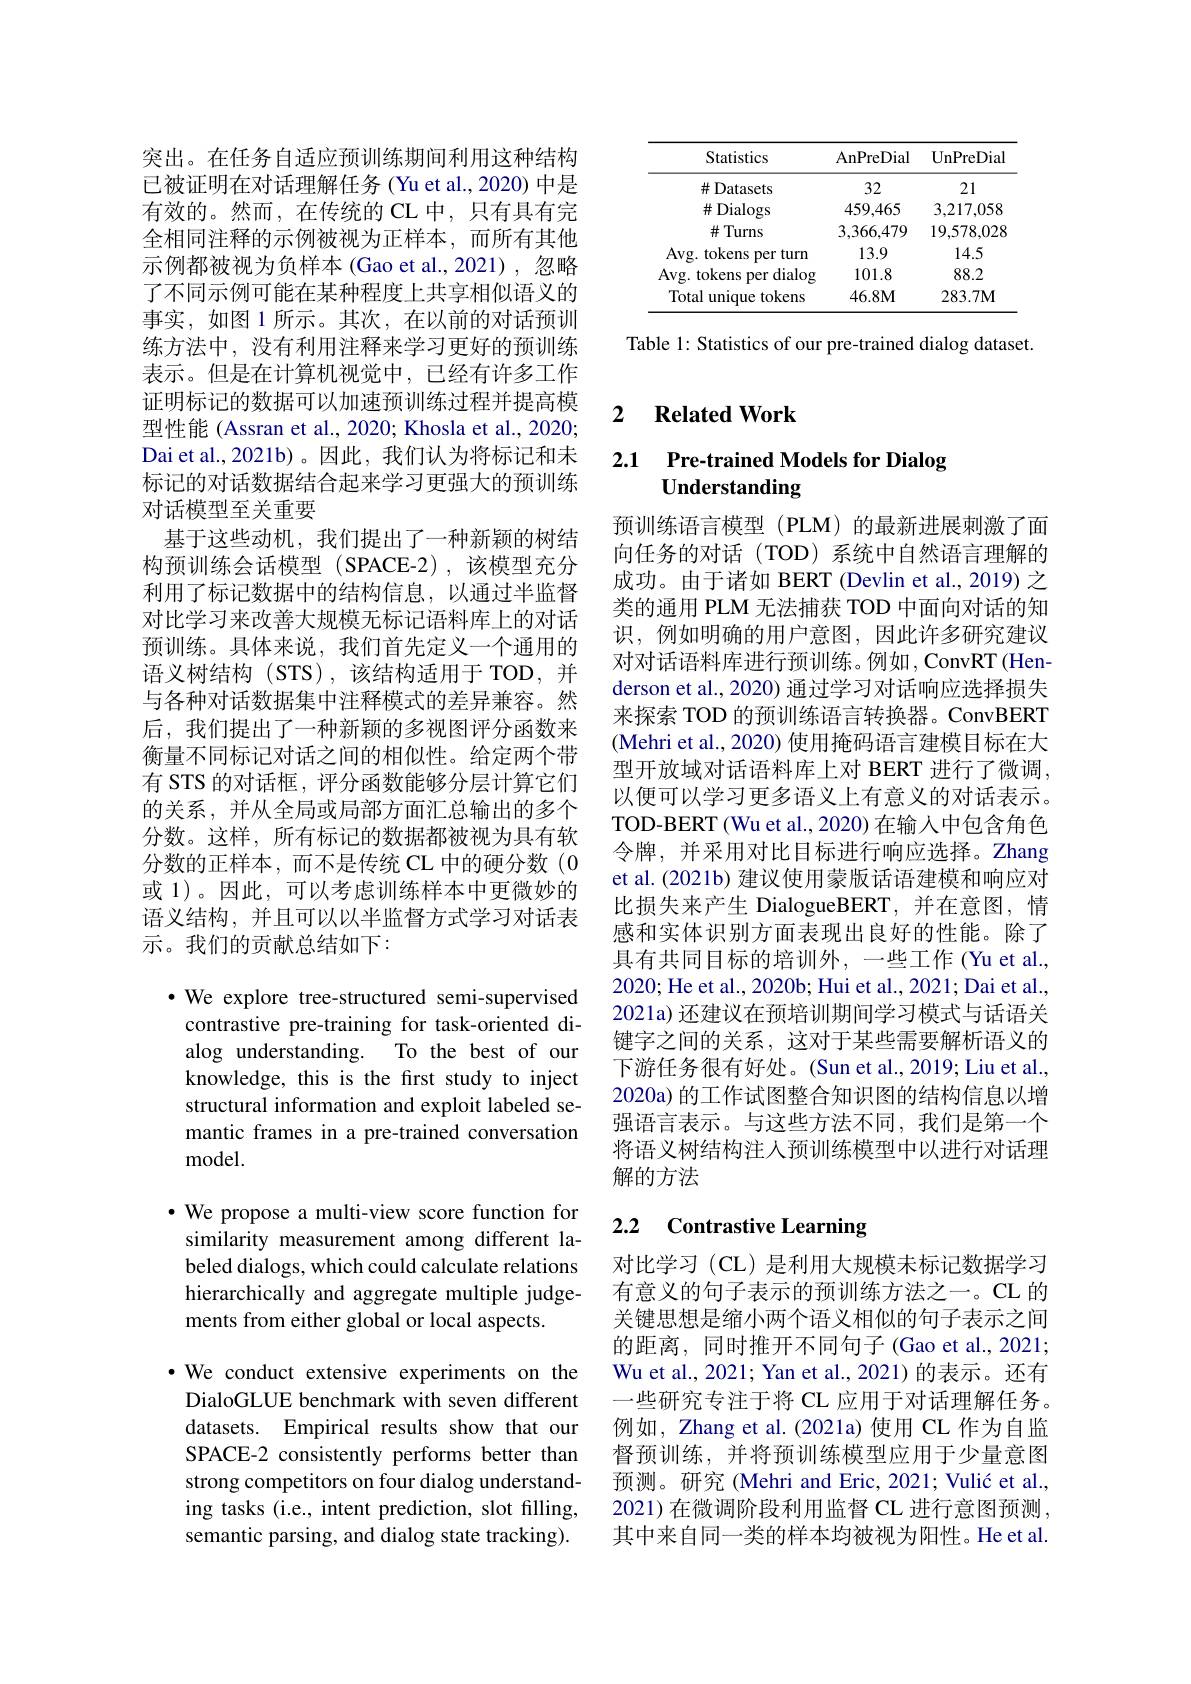
<table>
	<tbody>
		<tr>
			<th>Statistics</th>
			<th>AnPreDial</th>
			<th>UnPreDia</th>
		</tr>
		<tr>
			<td>$\#Datasets$</td>
			<td>32</td>
			<td>21</td>
		</tr>
		<tr>
			<td>$\#$Dialogs</td>
			<td>459,465</td>
			<td>3,217,058</td>
		</tr>
		<tr>
			<td>$\#$Turns</td>
			<td>3,366,479</td>
			<td>19,578,028</td>
		</tr>
		<tr>
			<td>Avg. tokens per turn</td>
			<td>13.9</td>
			<td>14.5</td>
		</tr>
		<tr>
			<td>Avg. tokens per dialog</td>
			<td>101.8</td>
			<td>88.2</td>
		</tr>
		<tr>
			<td>Total unique ${\mathrm{etokens}}$</td>
			<td>$46.8\mathbf{M}$</td>
			<td>$283.7\mathbf{M}$</td>
		</tr>
	</tbody>
</table>

Table 1: Statistics of our pre-trained dialog dataset.

突出。在任务自适应预训练期间利用这种结构已被证明在对话理解任务(Yu et al.,2020) 中是有效的。然而，在传统的 CL 中，只有具有完全相同注释的示例被视为正样本，而所有其他示例都被视为负样本(Gao et al.,2021),忽略了不同示例可能在某种程度上共享相似语义的事实，如图 1 所示。其次，在以前的对话预训练方法中，没有利用注释来学习更好的预训练表示。但是在计算机视觉中，已经有许多工作证明标记的数据可以加速预训练过程并提高模型性能 (Assran et al., 2020; Khosla et al., 2020; Dai et al., 2021b)。因此，我们认为将标记和未标记的对话数据结合起来学习更强大的预训练对话模型至关重要
基于这些动机，我们提出了一种新颖的树结构预训练会话模型(SPACE-2),该模型充分利用了标记数据中的结构信息，以通过半监督对比学习来改善大规模无标记语料库上的对话预训练。具体来说，我们首先定义一个通用的语义树结构(STS),该结构适用于 TOD,并与各种对话数据集中注释模式的差异兼容。然后，我们提出了一种新颖的多视图评分函数来衡量不同标记对话之间的相似性。给定两个带有 STS 的对话框，评分函数能够分层计算它们的关系，并从全局或局部方面汇总输出的多个分数。这样，所有标记的数据都被视为具有软分数的正样本，而不是传统 CL 中的硬分数(0或 1)。因此，可以考虑训练样本中更微妙的语义结构，并且可以以半监督方式学习对话表示。我们的贡献总结如下：

$\cdot$ We explore tree-structured semi-supervised contrastive pre-training for task-oriented dialog understanding. To the best of our knowledge, this is the first study to inject structural information and exploit labeled semantic frames in a pre-trained conversation model.

$\cdot$ We propose a multi-view score function for similarity measurement among different labeled dialogs, which could calculate relations hierarchically and aggregate multiple judgements from either global or local aspects.

·We conduct extensive experiments on the DialoGLUE benchmark with seven different datasets. Empirical results show that our SPACE-2 consistently performs better than strong competitors on four dialog understanding tasks (i.e., intent prediction, slot filling, semantic parsing, and dialog state tracking).

### 2 $\textbf{Related Work}$

### 2.1 Pre-trained Models for Dialog Understanding

预训练语言模型(PLM)的最新进展刺激了面向任务的对话(TOD)系统中自然语言理解的成功。由于诸如 BERT (Devlin et al., 2019) 之类的通用 PLM 无法捕获 TOD 中面向对话的知识，例如明确的用户意图，因此许多研究建议对对话语料库进行预训练。例如，ConvRT (Henderson et al., 2020) 通过学习对话响应选择损失来探索 TOD 的预训练语言转换器。ConvBERT (Mehri et al., 2020) 使用掩码语言建模目标在大型开放域对话语料库上对 BERT 进行了微调， 以便可以学习更多语义上有意义的对话表示。TOD-BERT(Wu et al., 2020) 在输入中包含角色令牌，并采用对比目标进行响应选择。Zhang et al. (2021b) 建议使用蒙版话语建模和响应对比损失来产生 DialogueBERT,并在意图，情感和实体识别方面表现出良好的性能。除了具有共同目标的培训外，一些工作(Yu et al., 2020; He et al., 2020b; Hui et al., 2021; Dai et al., 2021a) 还建议在预培训期间学习模式与话语关键字之间的关系，这对于某些需要解析语义的下游任务很有好处。(Sun et al., 2019; Liu et al., 2020a) 的工作试图整合知识图的结构信息以增强语言表示。与这些方法不同，我们是第一个将语义树结构注人预训练模型中以进行对话理解的方法

# 2.2 Contrastive Learning

对比学习 (CL) 是利用大规模未标记数据学习有意义的句子表示的预训练方法之一。CL 的关键思想是缩小两个语义相似的句子表示之间的距离，同时推开不同句子 (Gao et al., 2021; Wu et al., 2021; Yan et al., 2021) 的表示。还有一些研究专注于将 CL 应用于对话理解任务。例如，Zhang et al.(2021a) 使用 CL 作为自监督预训练，并将预训练模型应用于少量意图预测。研究(Mehri and Eric, 2021; Vulić et al. 2021)在微调阶段利用监督 CL 进行意图预测， 其中来自同一类的样本均被视为阳性。He et al